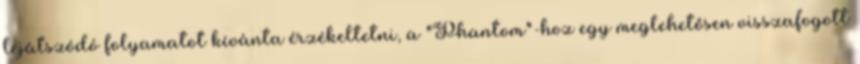
lejátszódó folyamatot kívánta érzékeltetni, a "Phantom"-hoz egy meglehetősen visszafogott